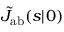
\tilde { J } _ { \mathrm { { a b } } } ( s | \r _ { 0 } )